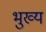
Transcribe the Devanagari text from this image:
भुख्य